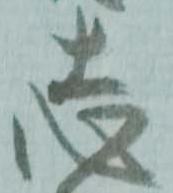
志